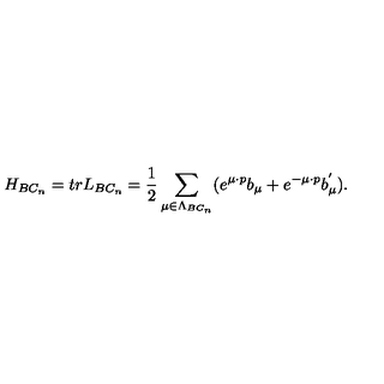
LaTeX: H _ { B C _ { n } } = t r L _ { B C _ { n } } = \frac { 1 } { 2 } \sum _ { \mu \in \Lambda _ { B C _ { n } } } ( e ^ { \mu \cdot p } b _ { \mu } + e ^ { - \mu \cdot p } b _ { \mu } ^ { ^ { \prime } } ) .